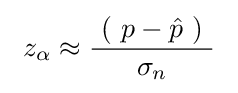
\ z_{\alpha }\approx {\frac {~\left(\ p-{\hat {p}}\ \right)~}{\sigma _{n}}}\